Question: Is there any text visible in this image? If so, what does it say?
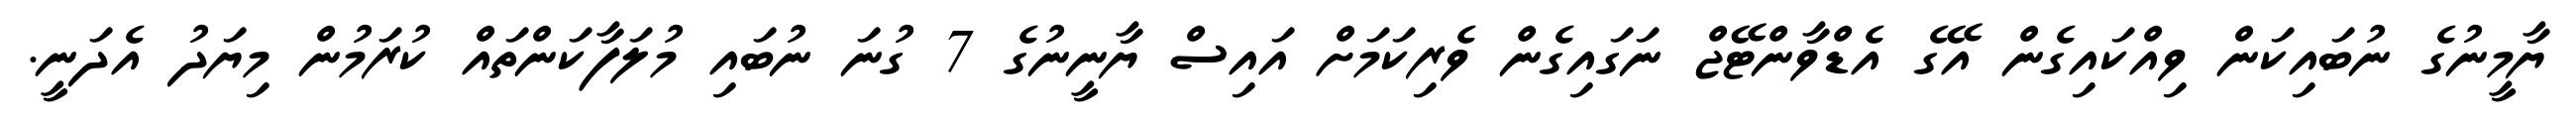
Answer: ޔާމީނުގެ ނުބައިކަން ވިއްކައިގެން އޭގެ އެޑްވާންޓޭޖް ނަގައިގެން ވެރިކަމަށް އައިސް ޔާނީނުގެ 7 ގުނަ ނުބައި މުލަފާކަންތައް ކުރަމުން މިޔަދު އެދަނީ.